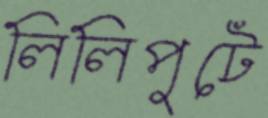
লিলিপুটে